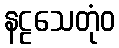
နဠသေတုံဝ